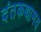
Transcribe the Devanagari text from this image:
दंतकथामय